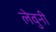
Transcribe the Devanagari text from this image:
लेवुनी